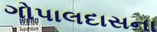
ગોપાલદાસના